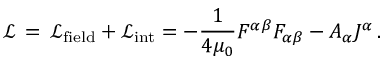
{ \mathcal { L } } \, = \, { \mathcal { L } } _ { \mathrm { f i e l d } } + { \mathcal { L } } _ { \mathrm { i n t } } = - { \frac { 1 } { 4 \mu _ { 0 } } } F ^ { \alpha \beta } F _ { \alpha \beta } - A _ { \alpha } J ^ { \alpha } \, .